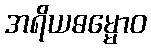
အရိယဓမ္မောဝ